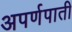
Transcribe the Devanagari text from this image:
अपर्णपाती